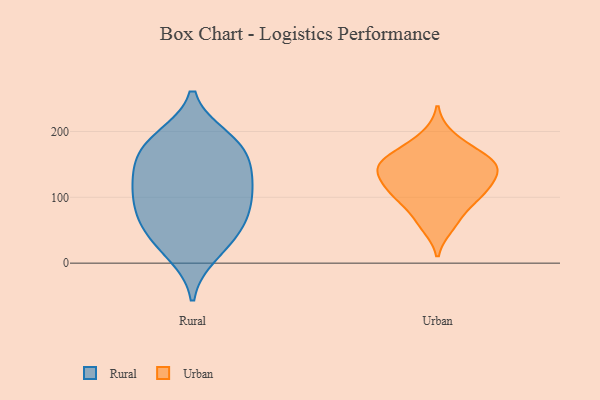
{"axis": {"x": "Humidity (%)", "y": "Value"}, "legend": ["Rural", "Urban"], "data": [{"x": "", "y": 169, "type": "Rural"}, {"x": "", "y": 14, "type": "Rural"}, {"x": "", "y": 56, "type": "Rural"}, {"x": "", "y": 190, "type": "Rural"}, {"x": "", "y": 28, "type": "Rural"}, {"x": "", "y": 121, "type": "Rural"}, {"x": "", "y": 143, "type": "Rural"}, {"x": "", "y": 69, "type": "Rural"}, {"x": "", "y": 98, "type": "Rural"}, {"x": "", "y": 90, "type": "Rural"}, {"x": "", "y": 185, "type": "Rural"}, {"x": "", "y": 139, "type": "Rural"}, {"x": "", "y": 177, "type": "Rural"}, {"x": "", "y": 113, "type": "Rural"}, {"x": "", "y": 57, "type": "Rural"}, {"x": "", "y": 145, "type": "Urban"}, {"x": "", "y": 127, "type": "Urban"}, {"x": "", "y": 155, "type": "Urban"}, {"x": "", "y": 171, "type": "Urban"}, {"x": "", "y": 106, "type": "Urban"}, {"x": "", "y": 163, "type": "Urban"}, {"x": "", "y": 103, "type": "Urban"}, {"x": "", "y": 149, "type": "Urban"}, {"x": "", "y": 98, "type": "Urban"}, {"x": "", "y": 56, "type": "Urban"}, {"x": "", "y": 109, "type": "Urban"}, {"x": "", "y": 67, "type": "Urban"}, {"x": "", "y": 140, "type": "Urban"}, {"x": "", "y": 139, "type": "Urban"}, {"x": "", "y": 193, "type": "Urban"}]}